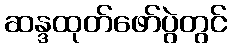
ဆန္ဒထုတ်ဖော်ပွဲတွင်